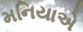
મનિયાએ